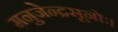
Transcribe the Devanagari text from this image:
मनुजेन्द्रसूनोः।